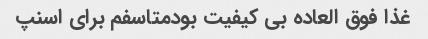
غذا فوق العاده بی کیفیت بودمتاسفم برای اسنپ